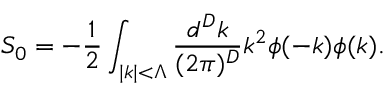
S _ { 0 } = - \frac { 1 } { 2 } \int _ { | k | < \Lambda } \frac { d ^ { D } k } { ( 2 \pi ) ^ { D } } k ^ { 2 } \phi ( - k ) \phi ( k ) .